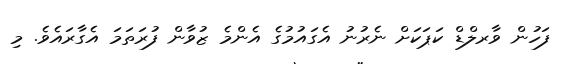
ފަހުން ވާރލްޑް ކަޕަކަށް ނެރުނު އެގައުމުގެ އެންމެ ޒުވާން ފުރަތަމަ އެގާރައެވެ. މި